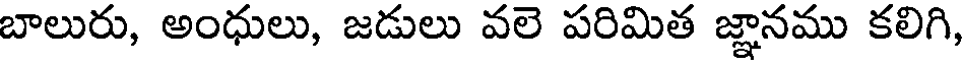
బాలురు, అంధులు, జడులు వలె పరిమిత జ్ఞానము కలిగి,